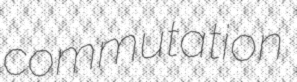
commutation